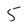
Character: 5